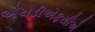
એચડીએફસીએ